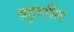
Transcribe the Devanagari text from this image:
बहुदर्शित